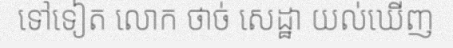
ទៅទៀត លោក ថាច់ សេដ្ឋា យល់ឃើញ